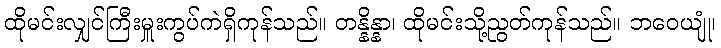
ထိုမင်းလျှင်ကြီးမှူးကွပ်ကဲရှိကုန်သည်။ တန္နိန္နာ၊ ထိုမင်းသို့ညွတ်ကုန်သည်။ ဘဝေယျုံ၊